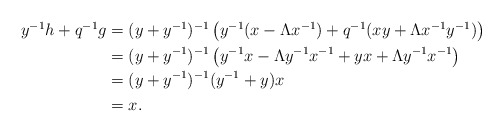
\begin{align*}\begin{aligned} y^{-1}h + q^{-1}g &= (y+y^{-1})^{-1}\left(y^{-1}(x-\Lambda x^{-1}) + q^{-1}(xy + \Lambda x^{-1}y^{-1})\right) \\ &= (y+y^{-1})^{-1}\left(y^{-1}x - \Lambda y^{-1}x^{-1} + yx + \Lambda y^{-1}x^{-1}\right) \\ &= (y+y^{-1})^{-1}(y^{-1} + y)x \\&= x.\end{aligned}\end{align*}